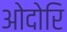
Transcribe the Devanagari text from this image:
ओदोरि